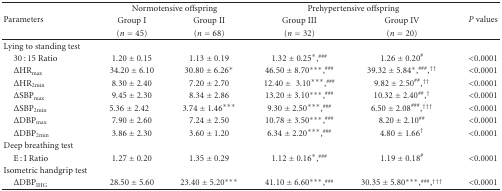
| <ROWSPAN=3> Parameters | <COLSPAN=2> Normotensive offspring | <COLSPAN=2> Prehypertensive offspring | <ROWSPAN=3> P values |
 | Group I | Group II | Group III | Group IV |
 | (n = 45) | (n = 68) | (n = 32) | (n = 20) |
 | --- | --- | --- | --- | --- | --- |
 | Lying to standing test |  |  |  |  |  |
 | 30 : 15 Ratio | 1.20 ± 0.15 | 1.13 ± 0.19 | 1.32 ± 0.25*,### | 1.26 ± 0.20# | <0.0001 |
 | ΔHRmax | 34.20 ± 6.10 | 30.80 ± 6.26* | 46.50 ± 8.70***,### | 39.32 ± 5.84*,###,†† | <0.0001 |
 | ΔHR2min | 8.30 ± 2.40 | 7.20 ± 2.70 | 12.40 ± 3.10***,### | 9.82 ± 2.50##,†† | <0.0001 |
 | ΔSBPmax | 9.45 ± 2.30 | 8.34 ± 2.86 | 13.20 ± 3.10***,### | 10.32 ± 2.40##,† | <0.0001 |
 | ΔSBP2min | 5.36 ± 2.42 | 3.74 ± 1.46*** | 9.30 ± 2.50***,### | 6.50 ± 2.08###,††† | <0.0001 |
 | ΔDBPmax | 7.90 ± 2.60 | 7.24 ± 2.50 | 10.78 ± 3.50***,### | 8.20 ± 2.10## | <0.0001 |
 | ΔDBP2min | 3.86 ± 2.30 | 3.60 ± 1.20 | 6.34 ± 2.20***,### | 4.80 ± 1.66† | <0.0001 |
 | Deep breathing test |  |  |  |  |  |
 | E : I Ratio | 1.27 ± 0.20 | 1.35 ± 0.29 | 1.12 ± 0.16*,### | 1.19 ± 0.18# | <0.0001 |
 | Isometric handgrip test |  |  |  |  |  |
 | ΔDBPIHG | 28.50 ± 5.60 | 23.40 ± 5.20*** | 41.10 ± 6.60***,### | 30.35 ± 5.80***,###,††† | <0.0001 |